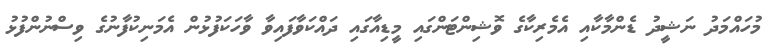
މުހައްމަދު ނަޝީދު ޑެންމާކާއި އެމެރިކާގެ ވޮޝިންޓަންގައި މީޑިއާގައި ދައްކަވާފައިވާ ވާހަކަފުޅުން އެމަނިކުފާނުގެ ވިސްނުންފުޅު